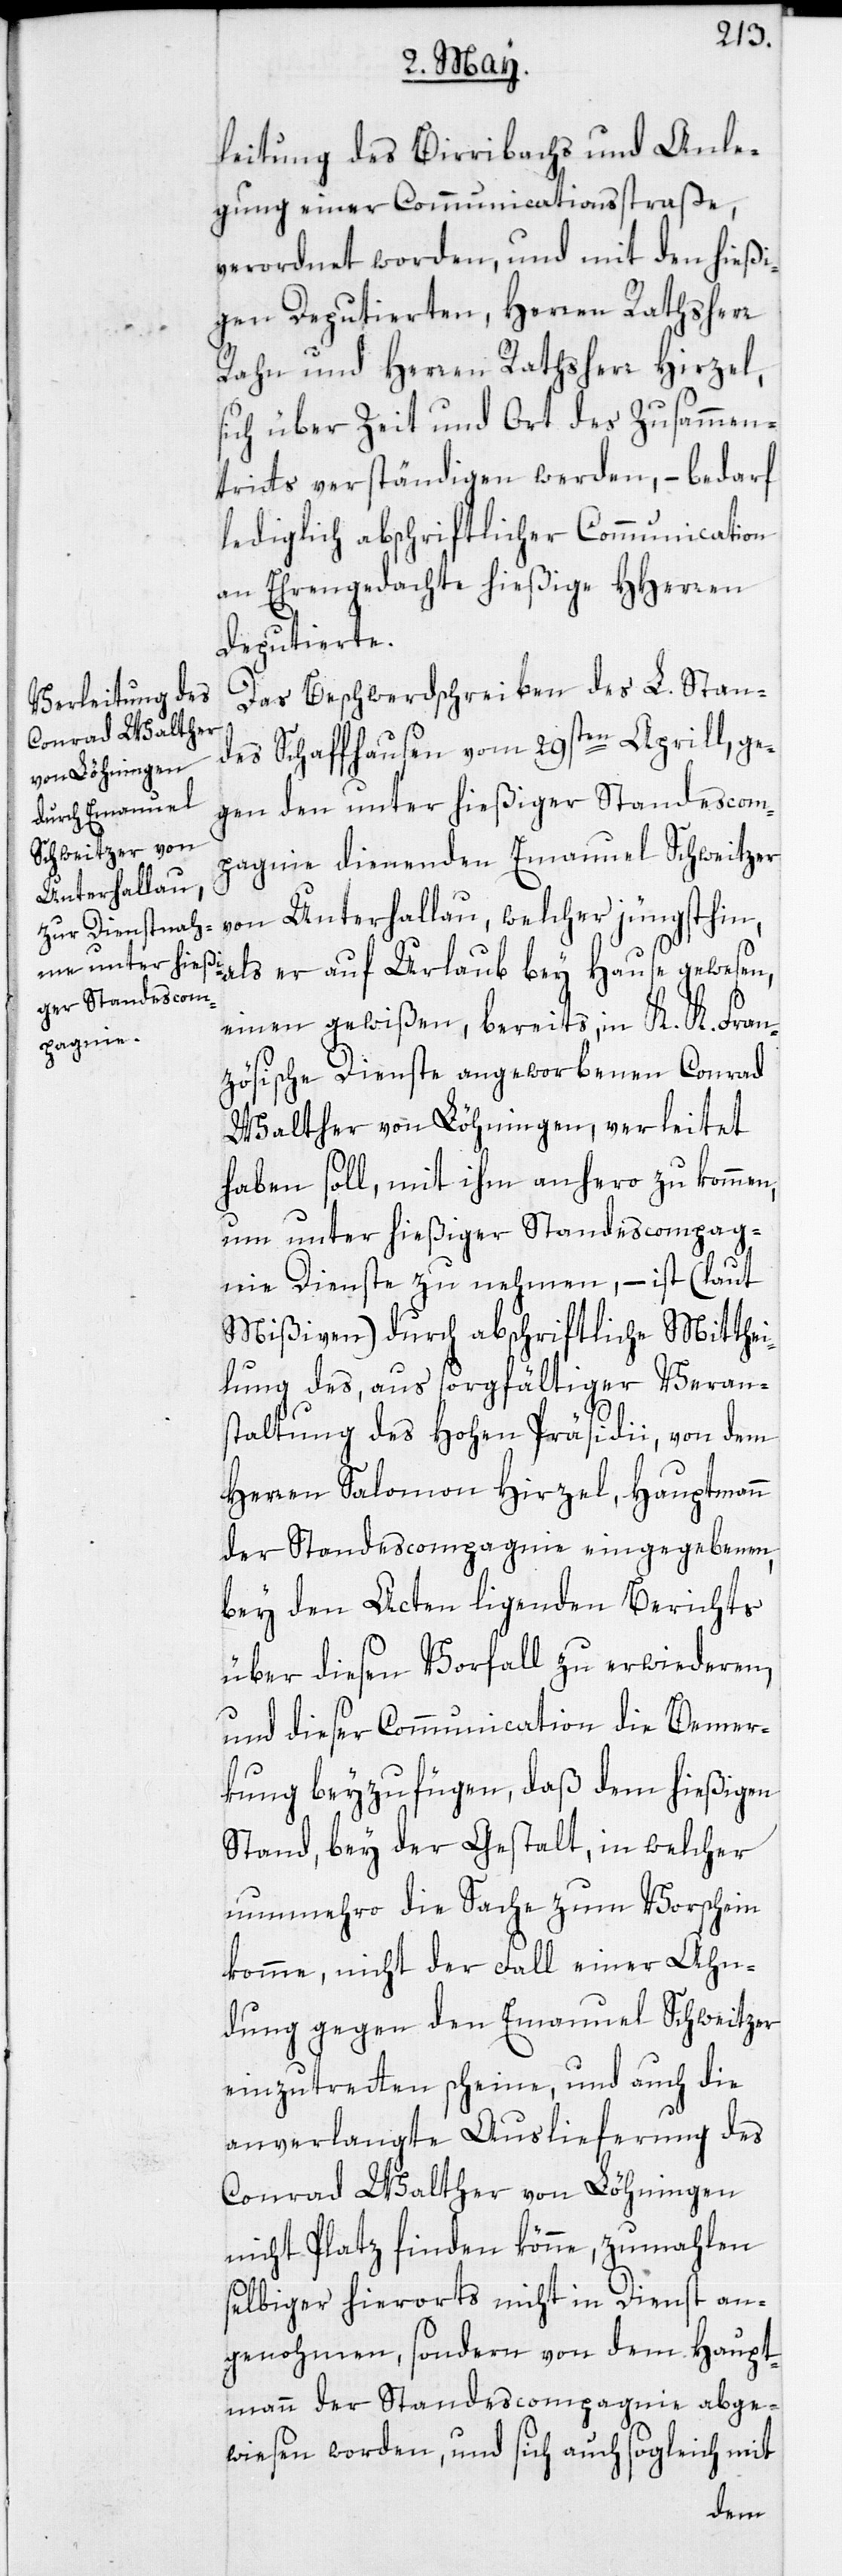
leitung des Birribachs und Anle¬
gung einer Communicationsstraße,
verordnet worden, und mit den hießi¬
gen Deputierten, Herren Rathsherr
Rahn und Herren Rathsherr Hirzel,
sich über Zeit und Ort des Zusammen¬
tritts verständigen werden, – bedarf
lediglich abschriftlicher Communication
an Ehrengedachte hießige HHerren
Deputierte.
Das Beschwerdschreiben des L. Stan¬
des Schaffhausen vom 29sten Aprill, ge¬
gen den unter hießiger Standescom¬
pagnie dienenden Emanuel Schweitzer
von Unterhallau, welcher jüngsthin,
als er auf Urlaub bey Hause gewesen,
einen gewißen, bereits, in K. K. Fran¬
zösische Dienste angeworbenen Conrad
Walther von Löhningen, verleitet
haben soll, mit ihm anhero zu kommen,
um unter hießiger Standescompag¬
nie Dienste zu nehmen, – ist (laut
Mißiven) durch abschriftliche Mitthe¬
ilung des, aus sorgfältiger Verans¬
taltung des Hohen Präsidii, von dem
Herren Salomon Hirzel, Hauptmann
der Standescompagnie eingegebenen,
bey den Acten ligenden Berichts
über diesen Vorfall zu erwiederen,
und dieser Communication die Bemer¬
kung beyzufügen, daß dem hießigen
Stand, bey der Gestalt, in welcher
nunmehro die Sache zum Vorschein
komme, nicht der Fall einer Ahn¬
dung gegen den Emanuel Schweitzer
einzutretten scheine, und auch die
anverlangte Auslieferung des
Conrad Walther von Löhningen
nicht Platz finden könne, zumahlen
selbiger hierorts nicht in Dienst an¬
genohmen, sondern von dem Haupt¬
mann der Standescompagnie abge¬
wiesen worden, und sich auch sogleich mit